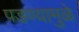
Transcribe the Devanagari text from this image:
पडण्यामुळे